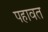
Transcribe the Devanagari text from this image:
पहावत